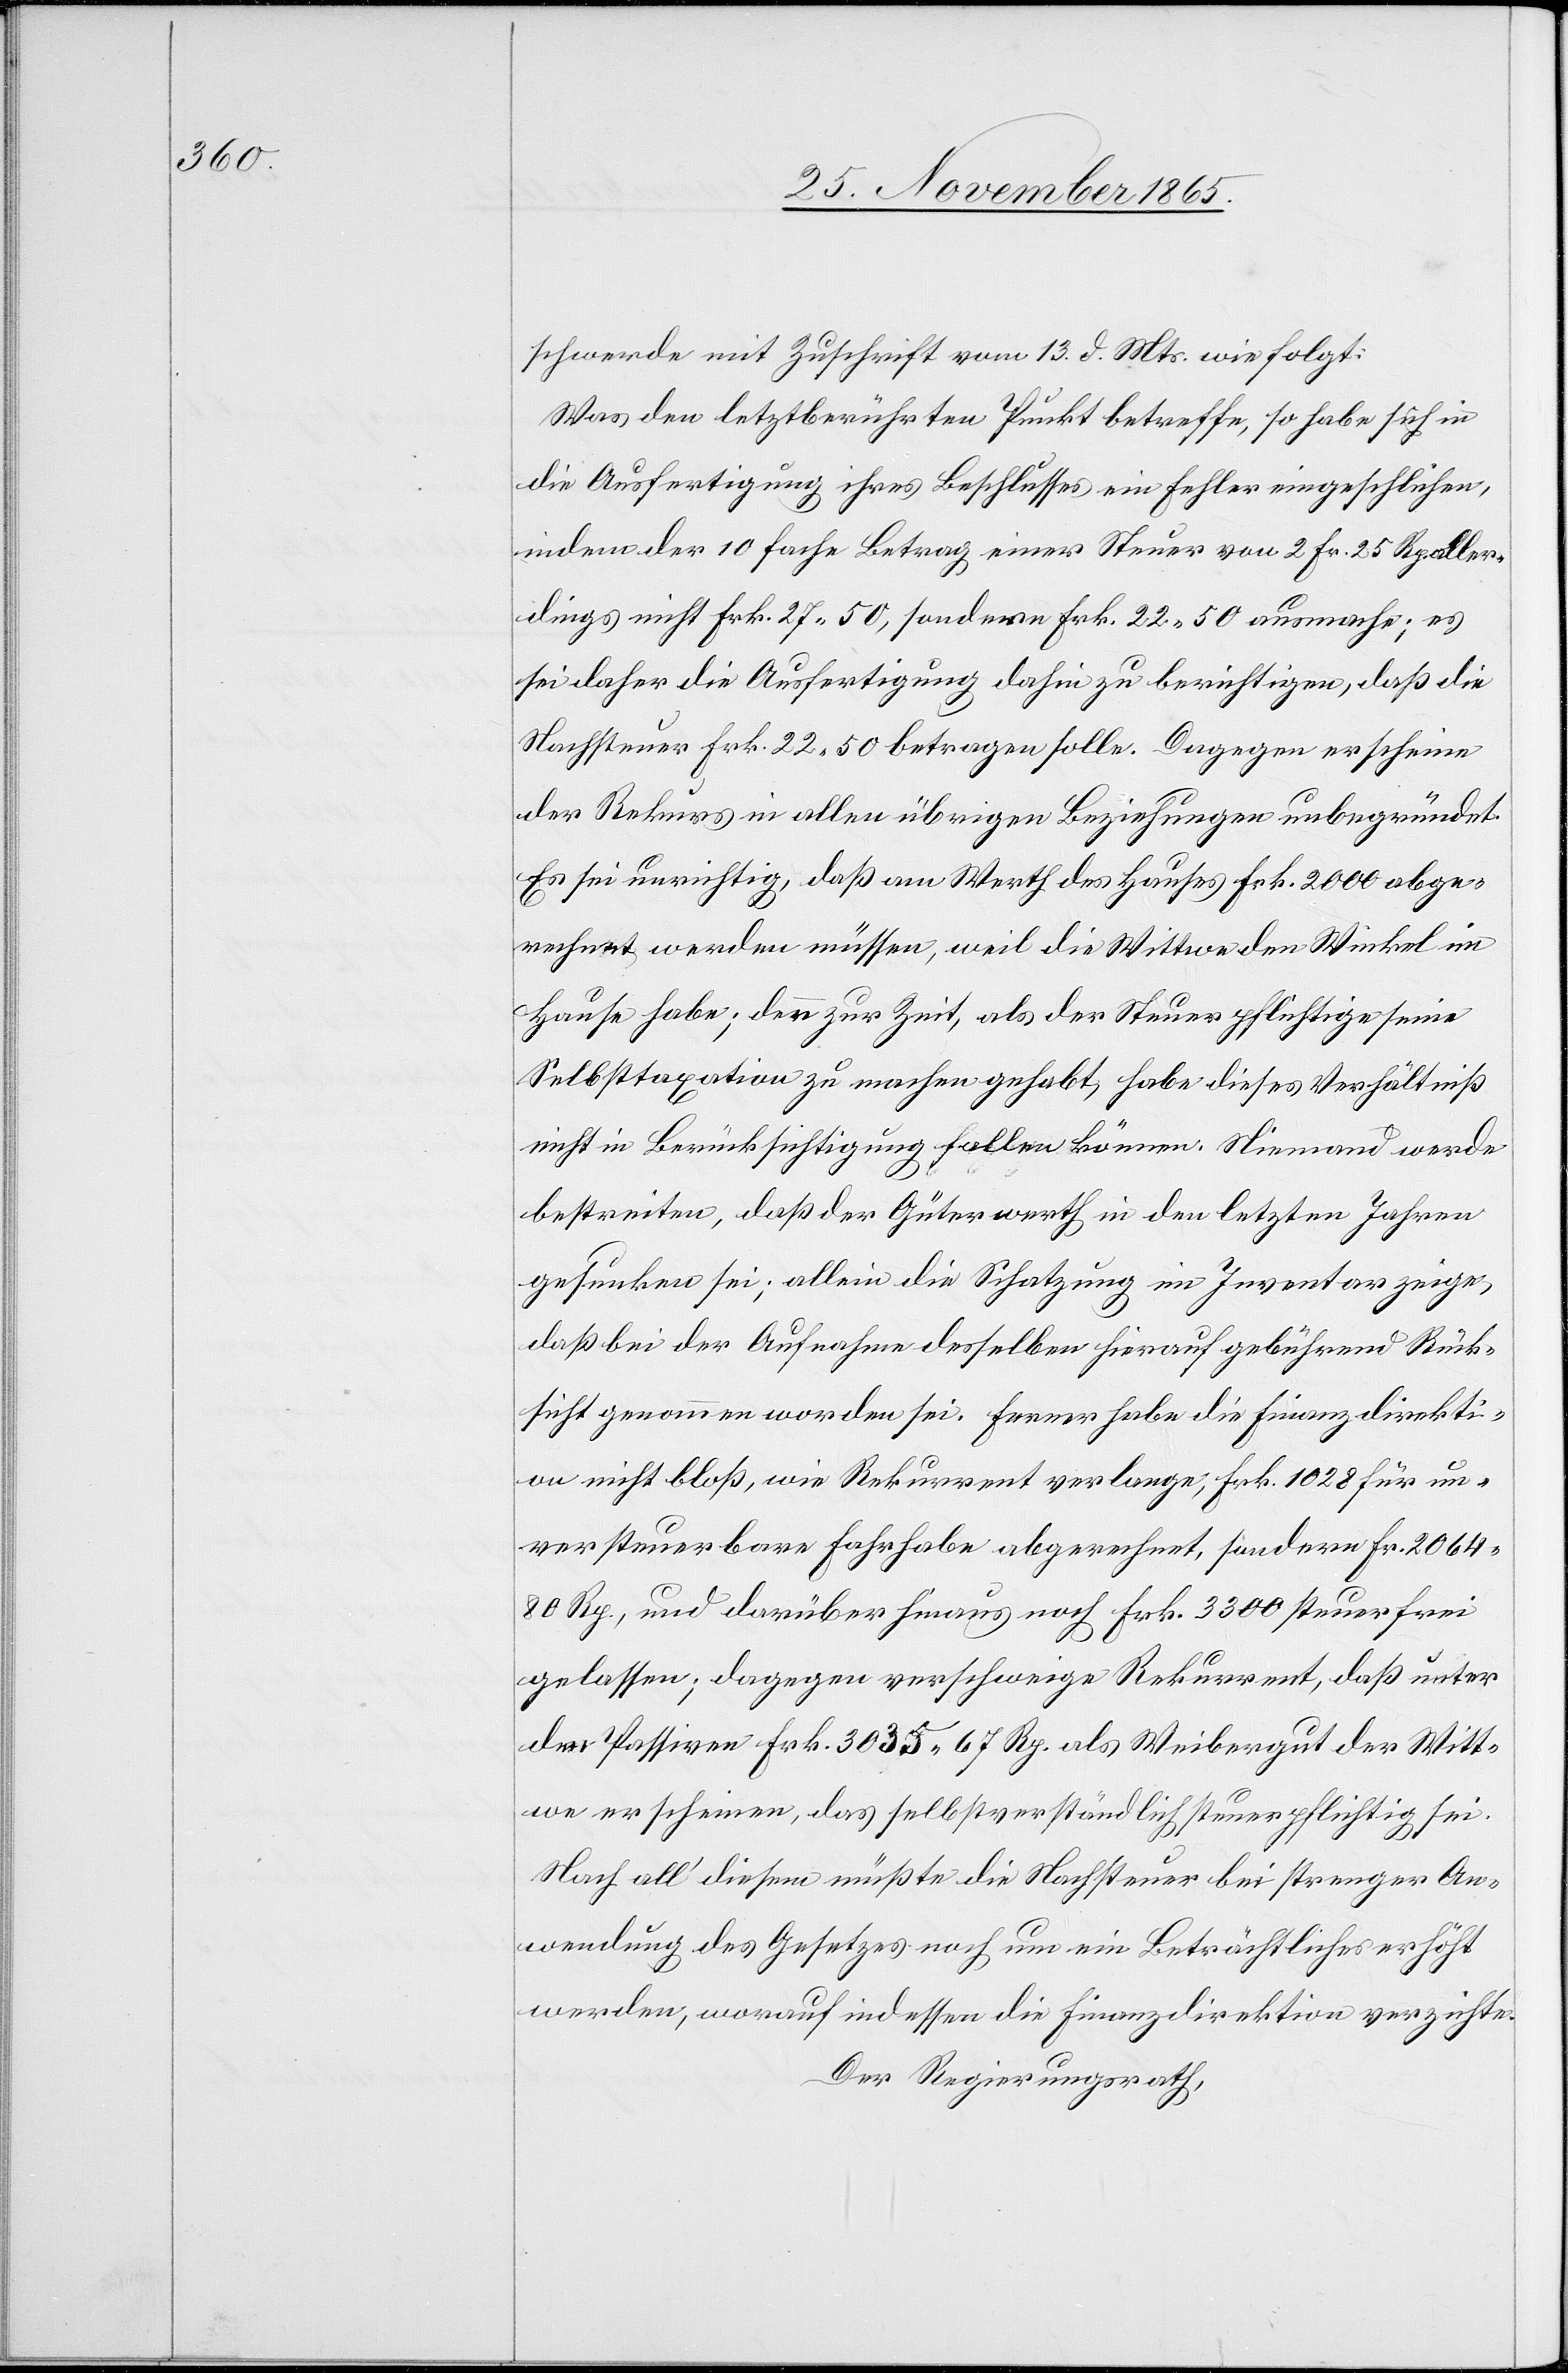
schwerde mit Zuschrift vom 13. d. Mts. wie folgt:
Was den letztberührten Punkt betreffe, so habe sich in
die Ausfertigung ihres Beschlusses ein Fehler eingeschlichen,
indem der 10 fache Betrag einer Steuer von 2. Fr. 25 Rp. aller¬
dings nicht Frk. 27.50, sondern Frk. 22.50 ausmache; es
sei daher die Ausfertigung dahin zu berichtigen, daß die
Nachsteuer Frk. 22.50 betragen solle. Dagegen erscheine
der Rekurs in allen übrigen Beziehungen unbegründet.
Es sei unrichtig, daß am Werth des Hauses Frk. 2000 abge¬
rechnet werden müssen, weil die Wittwe den Winkel im
Hause habe; denn zur Zeit, als der Steuerpflichtige seine
Selbsttaxation zu machen gehabt, habe dieses Verhältniß
nicht in Berücksichtigung fallen können. Niemand werde
bestreiten, daß der Güterwerth in den letzten Jahren
gesunken sei; allein die Schatzung im Inventar zeige,
daß bei der Aufnahme desselben hierauf gebührend Rück¬
sicht genommen worden sei. Ferner habe die Finanzdirekti¬
on nicht bloß, wie Rekurrent verlange, Frk. 1028 für un¬
versteuerbare Fahrhabe abgerechnet, sondern Fr. 2064
80 Rp., und darüber hinaus noch Frk. 3300 steuerfrei
gelassen; dagegen verschweige Rekurrent, daß unter
den Passiven Frk. 3035 67 Rp. als Weibergut der Witt¬
we erscheinen, das selbstverständlich steuerpflichtig sei.
Nach all’ diesem müßte die Nachsteuer bei strenger An¬
wendung des Gesetzes noch um ein Beträchtliches erhöht
werden, worauf indessen die Finanzdirektion verzichte.
Der Regierungsrath,